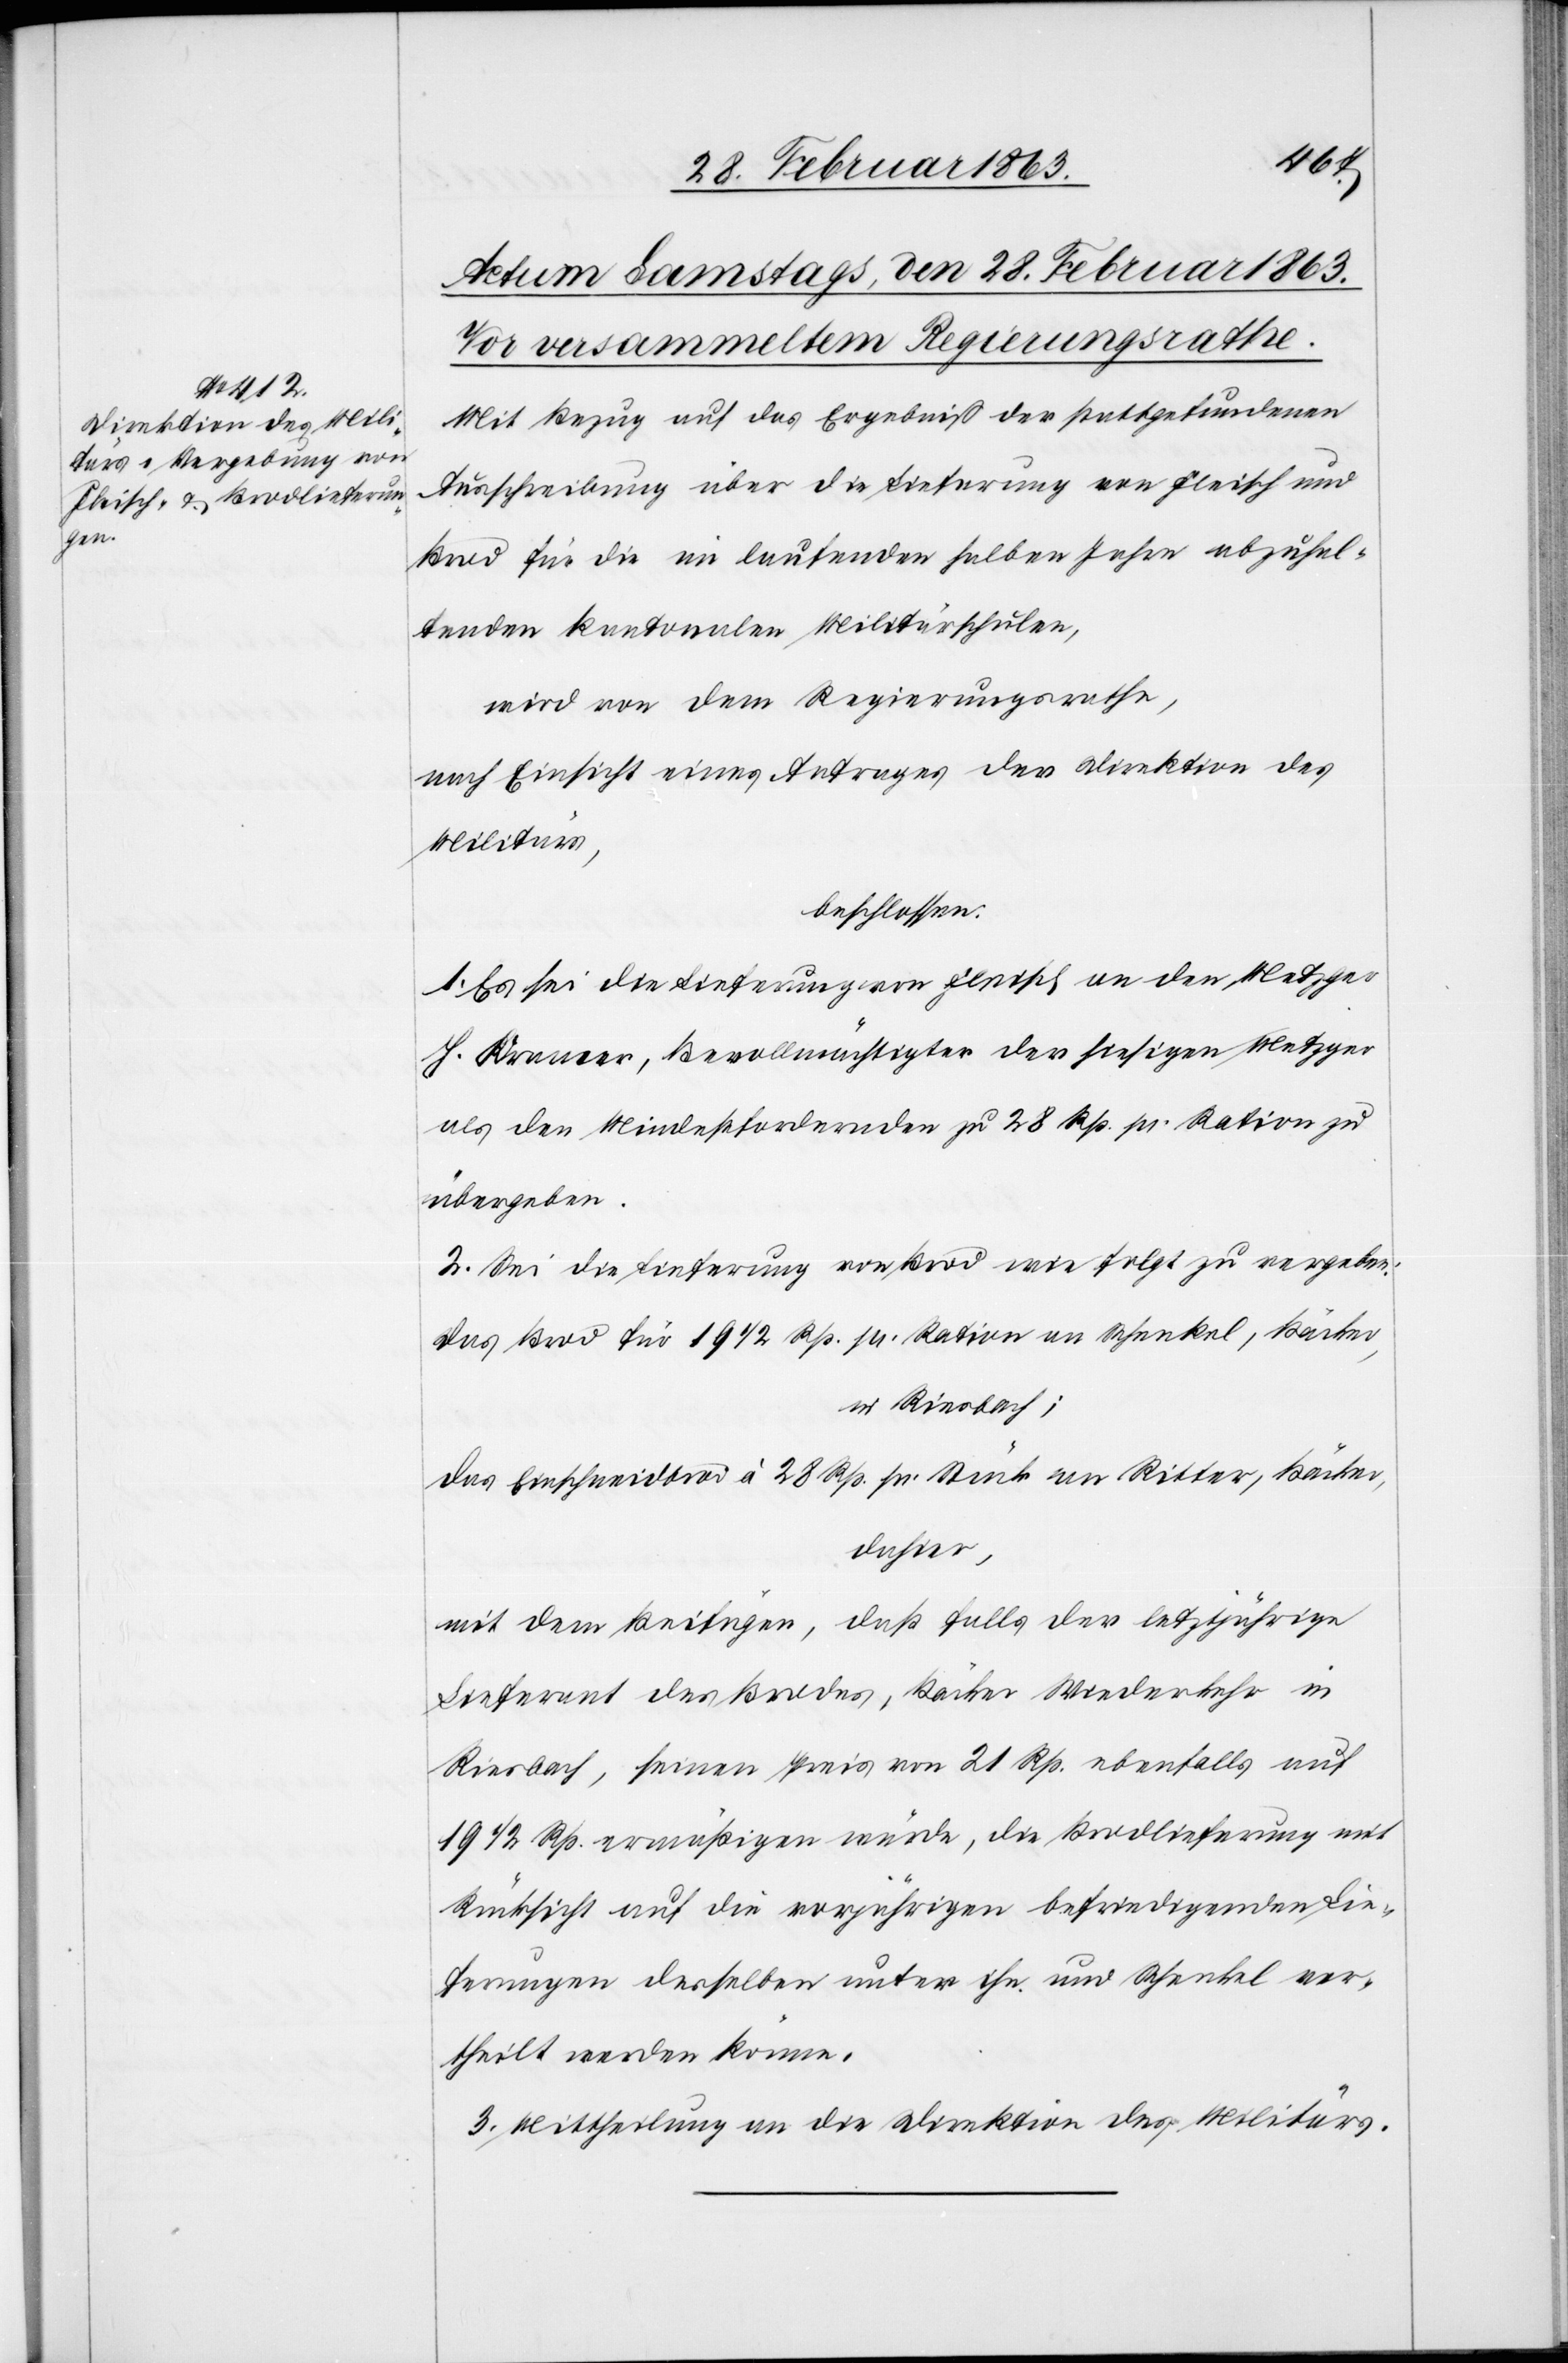
Mit Bezug auf das Ergebniß der stattgefundenen
Ausschreibung über die Lieferung von Fleisch und
Brod für die im laufenden halben Jahre abzuhal¬
tenden kantonalen Militärschulen,
wird von dem Regierungsrathe,
nach Einsicht eines Antrages der Direktion des
Militärs,
beschlossen:
1. Es sei die Lieferung von Fleisch an den Metzger
H. Kramer, Bevollmächtigter der hiesigen Metzger
als den Mindestfordernden zu 28 Rp. pr. Ration zu
übergeben.
2. Sei die Lieferung von Brod wie folgt zu vergeben:
Das Brod für 19 1/2 Rp. pr. Ration an Schenkel, Bäcker,
in Riesbach;
das Einschneidbrod à 28 Rp. pr Stück an Ritter, Bäcker,
dahier,
mit dem Beifügen, daß falls der letztjährige
Lieferant des Brodes, Bäcker Wiederkehr in
Riesbach, seinen Preis von 21 Rp. ebenfalls auf
19 1/2 Rp. ermäßigen würde, die Brodlieferung mit
Rücksicht auf die vorjährigen befriedigenden Lie¬
ferungen desselben unter ihn und Schenkel ver¬
theilt werden könne.
3. Mittheilung an die Direktion des Militärs.